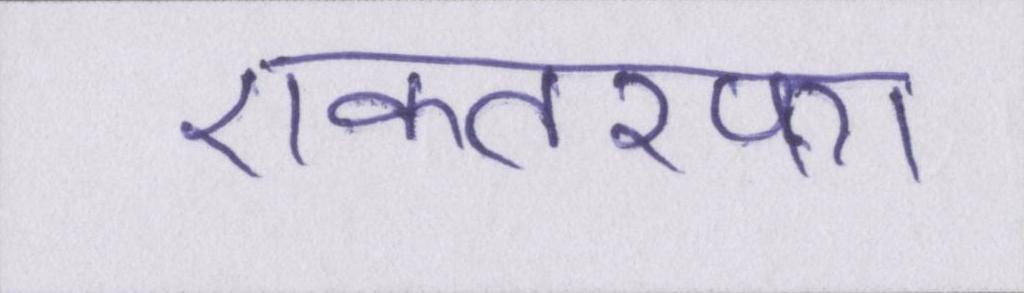
एकतरफा